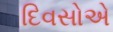
દિવસોએ